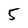
Character: 5